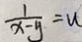
\frac { 1 } { x - y } = u